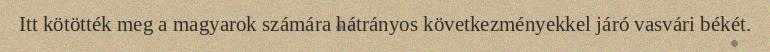
Itt kötötték meg a magyarok számára hátrányos következményekkel járó vasvári békét.